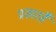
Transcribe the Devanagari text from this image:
प्रसारहै